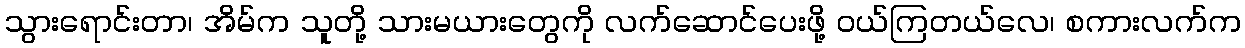
သွားရောင်းတာ၊ အိမ်က သူတို့ သားမယားတွေကို လက်ဆောင်ပေးဖို့ ဝယ်ကြတယ်လေ၊ စကားလက်က